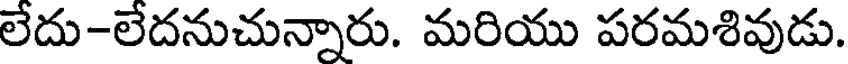
లేదు-లేదనుచున్నారు. మరియు పరమశివుడు.